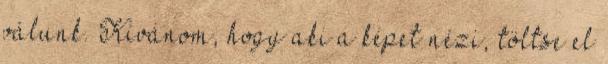
válunk. Kívánom, hogy aki a képet nézi, töltse el